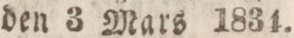
den 3 Mars 1834.